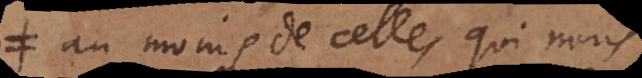
au moins de celles qui nous